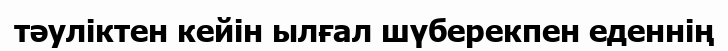
тәуліктен кейін ылғал шүберекпен еденнің